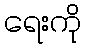
ရေးကို